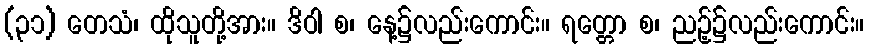
(၃၁) တေသံ၊ ထိုသူတို့အား။ ဒိဝါ စ၊ နေ့၌လည်းကောင်း။ ရတ္တော စ၊ ညဉ့်၌လည်းကောင်း။